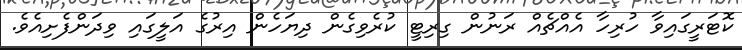
ކޮޓަރީގައިވާ ހުރިހާ އެއްޗެއް ރަނުން ގިރިޓީ ކުރެވިގެން ދިޔަހެން އިރުގެ އަލީގައި ވިދަންފެށިއެވެ.